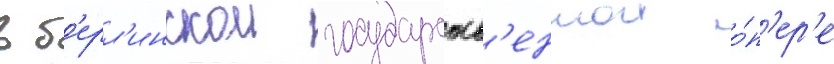
в б'ерл'инскои государств'еннои о́п'ер'е